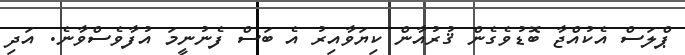
ޕްލަސް އެކުއްޖާ ބޮޑުވެގެން ޤުރުއާން ކިޔަވާއިރު އެ ބަސް ފެނުނީމަ އުފާވެސްވާނެ. އަދި